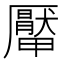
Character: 厴